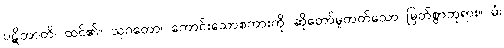
ပဋိဘာတိ၊ ထင်၏။ သုဂတော၊ ကောင်းသောစကားကို ဆိုတော်မူတတ်သော မြတ်စွာဘုရား။ မံ၊